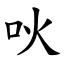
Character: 吙